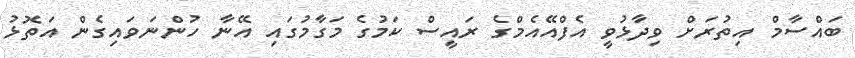
ބައްސާމް އިތުރަށް ވިދާޅުވީ އެފްއޭއެމްގެ ރައީސް ކަމުގެ މަގާމުގައި އޭނާ ހުންނަވައިގެން އަތޮޅު